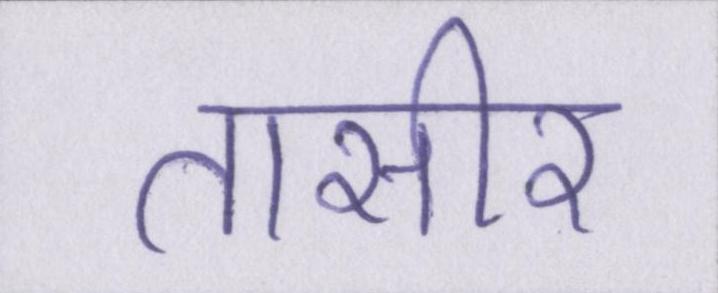
तासीर